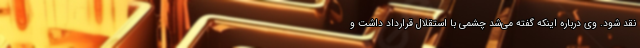
نقد شود. وی درباره اینکه گفته می‌شد چشمی با استقلال قرارداد داشت و